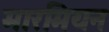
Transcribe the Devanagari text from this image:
मारमियन